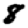
Digit: 8